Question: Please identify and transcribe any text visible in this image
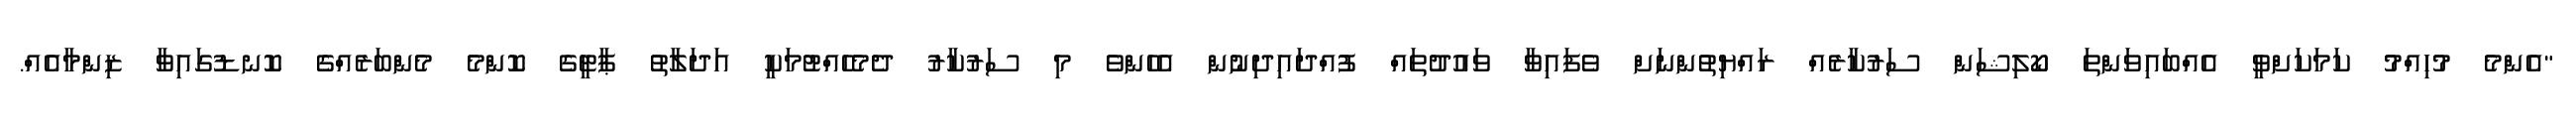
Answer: "އެންމެ މުހިއްމު ކަމަކަށްވީ އެއްބައިވަންތަ ކޯލިޝަން ސަރުކާރެއް ރައްޔިތުންނަށް ވެފައިވާ ވައުދުތައް ފުއްދައިދިނުން އެހެންވެ މި ސަރުކާރު ދެމެހެއްޓުމަކީ އަދަލާތު ޕާޓީގެ ކޮންމެ މެންބަރެއްގެ ކޮނޑުގައިވާ ޒިންމާއެއް.